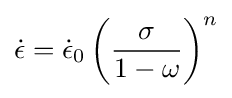
{\dot {\epsilon }}={\dot {\epsilon }}_{0}\left({\frac {\sigma }{1-\omega }}\right)^{n}